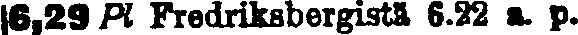
16,29 Pl Fredriksbergistä 6.22 a. p.